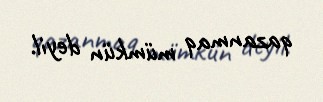
qazanmaq mümkün deyil.